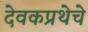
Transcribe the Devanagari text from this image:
देवकप्रथेचे